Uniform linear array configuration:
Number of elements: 8
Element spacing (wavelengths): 0.5
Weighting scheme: uniform
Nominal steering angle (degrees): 0
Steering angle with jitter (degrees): -0.6424
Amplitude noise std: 0.05
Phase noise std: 0.05

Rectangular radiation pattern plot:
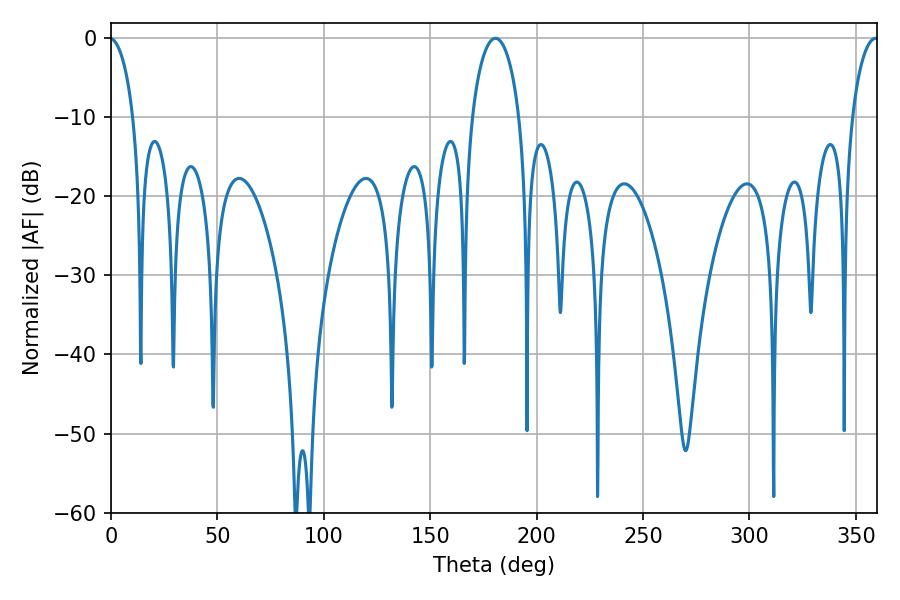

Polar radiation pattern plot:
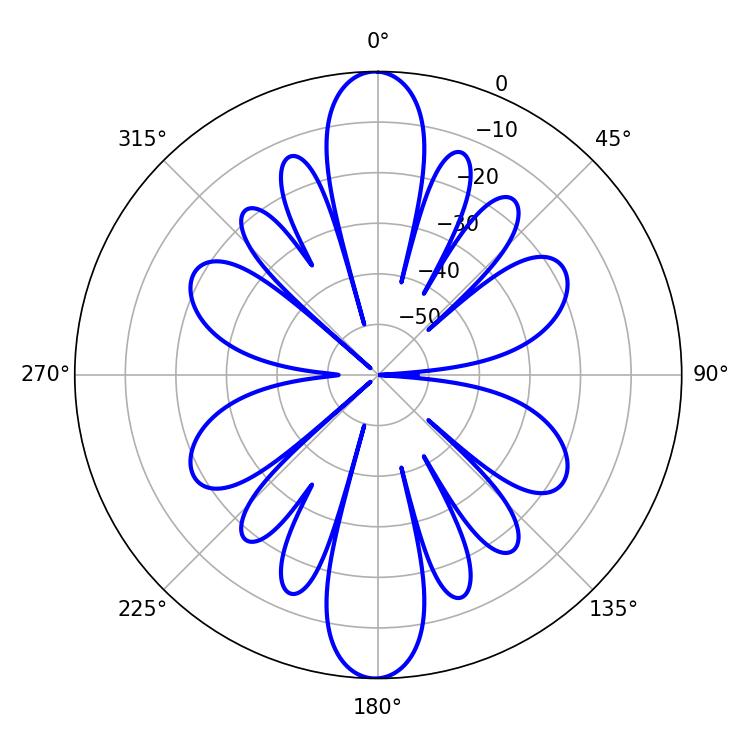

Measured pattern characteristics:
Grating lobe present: FALSE
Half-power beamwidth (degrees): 12.78
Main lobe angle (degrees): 180.72